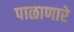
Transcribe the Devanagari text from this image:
पाळाणारे